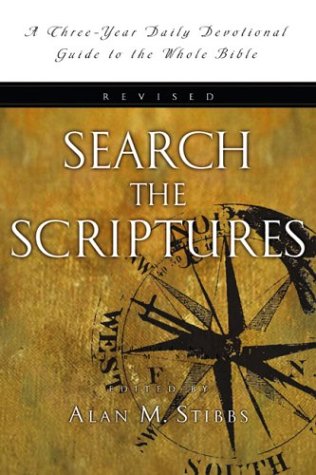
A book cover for Search the Scriptures: A Three-Year Daily Devotional Guide to the Whole Bible; Christian Books & Bibles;